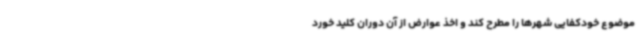
موضوع خودکفایی شهرها را مطرح کند و اخذ عوارض از آن دوران کلید خورد